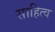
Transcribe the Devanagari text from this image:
साहित्व